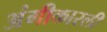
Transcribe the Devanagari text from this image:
अंगीकारली